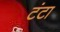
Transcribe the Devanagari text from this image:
टंटा